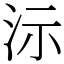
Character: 沶